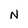
Character: N